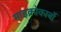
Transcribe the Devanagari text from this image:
माइक्रोकार्बो